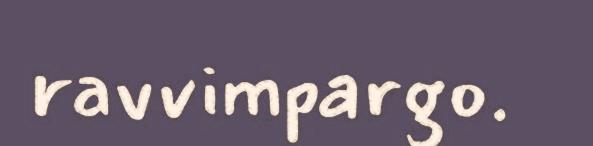
ravvimpargo.